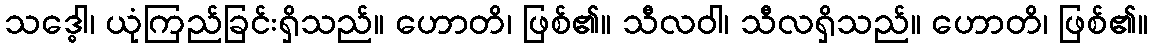
သဒ္ဓေါ၊ ယုံကြည်ခြင်းရှိသည်။ ဟောတိ၊ ဖြစ်၏။ သီလဝါ၊ သီလရှိသည်။ ဟောတိ၊ ဖြစ်၏။